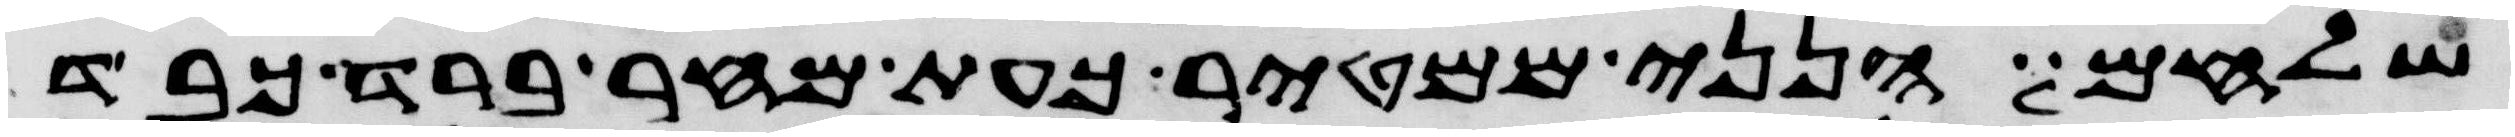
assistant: שלחם הנני ממטיר כעת מחר ברד כבד